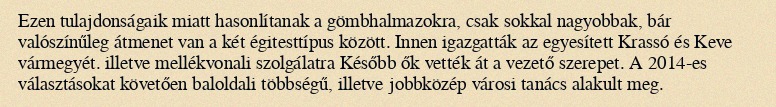
Ezen tulajdonságaik miatt hasonlítanak a gömbhalmazokra, csak sokkal nagyobbak, bár valószínűleg átmenet van a két égitesttípus között. Innen igazgatták az egyesített Krassó és Keve vármegyét. illetve mellékvonali szolgálatra Később ők vették át a vezető szerepet. A 2014-es választásokat követően baloldali többségű, illetve jobbközép városi tanács alakult meg.